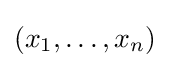
{\textstyle (x_{1},\ldots ,x_{n})}